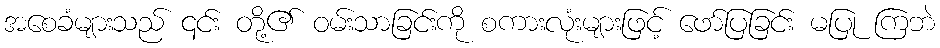
အစေခံများသည် ၎င်း တို့၏ ဝမ်းသာခြင်းကို စကားလုံးများဖြင့် ဖော်ပြခြင်း မပြု ကြဘဲ